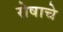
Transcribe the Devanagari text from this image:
रोषाचे